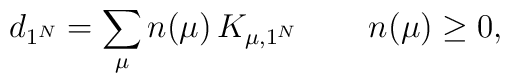
d_{1^N}=\sum_{\mu} n(\mu)\, K_{\mu,1^N} \, \qquad n(\mu)\geq 0,